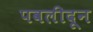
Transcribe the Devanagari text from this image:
पवलीदून